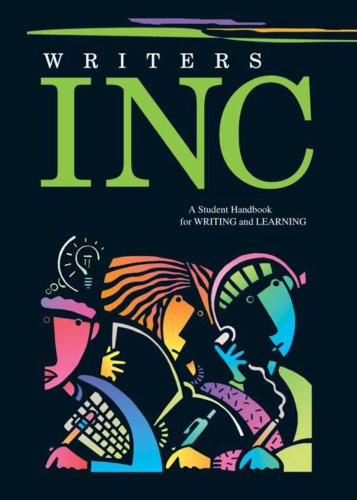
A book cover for Writers INC: A Student Handbook for Writing and Learning (Great Source Writer's Inc); Patrick Sebranek; Teen & Young Adult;